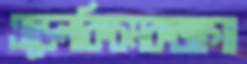
এডেলকিচমকজাগা